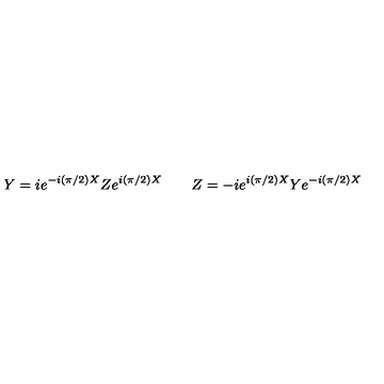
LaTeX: Y = i e ^ { - i ( { \pi } / { 2 } ) X } Z e ^ { i ( { \pi } / { 2 } ) X } \qquad Z = - i e ^ { i ( { \pi } / { 2 } ) X } Y e ^ { - i ( { \pi } / { 2 } ) X }